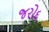
જરોદ